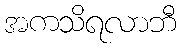
အကသိရလာဘီ